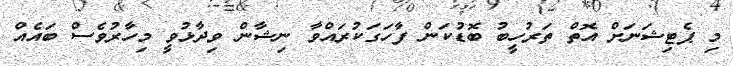
މި ޕެޓިޝަނަށް އޮތް ތަރުހީބު ބޮޑުކަން ފާހަގަކުރައްވާ ނިޝާން ވިދާޅުވީ މިހާރުވެސް ބައެއް